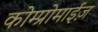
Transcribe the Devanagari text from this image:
कोम्प्रोमाईज़